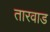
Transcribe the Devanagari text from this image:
तारवाड